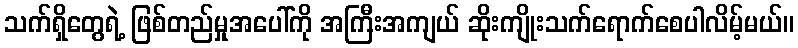
သက်ရှိတွေရဲ့ ဖြစ်တည်မှုအပေါ်ကို အကြီးအကျယ် ဆိုးကျိုးသက်ရောက်စေပါလိမ့်မယ်။